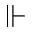
\Vdash